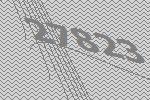
27823